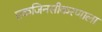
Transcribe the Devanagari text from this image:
एकजिनसीकरणाला